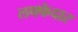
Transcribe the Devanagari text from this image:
लफ्फेदार